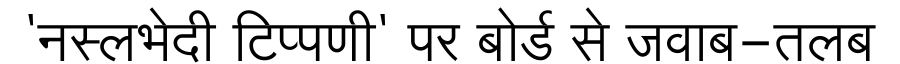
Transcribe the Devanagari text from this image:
'नस्लभेदी टिप्पणी' पर बोर्ड से जवाब-तलब